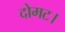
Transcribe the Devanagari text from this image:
दोमट।